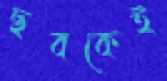
ছবকেই